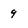
Character: 9